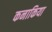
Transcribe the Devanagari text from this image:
कनाकिया